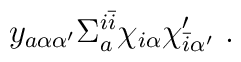
y_{a\alpha\alpha^\prime}  \Sigma^{i{\bar i}}_a \chi_{i\alpha}\chi^\prime_{{\bar i}\alpha^\prime}~.